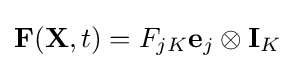
\mathbf {F} (\mathbf {X} ,t)=F_{jK}\mathbf {e} _{j}\otimes \mathbf {I} _{K}